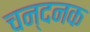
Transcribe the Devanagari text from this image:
चन्दनक